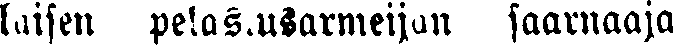
laisen pelastusarmeijan saarnaaja